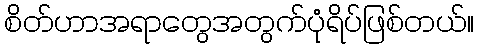
စိတ်ဟာအရာတွေအတွက်ပုံရိပ်ဖြစ်တယ်။